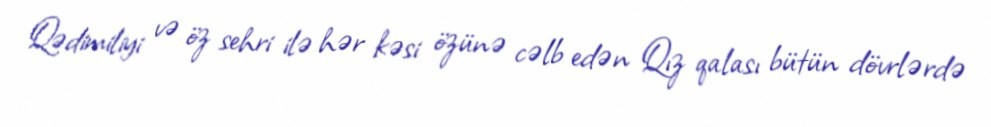
Qədimiliyi və öz sehri ilə hər kəsi özünə cəlb edən Qız qalası bütün dövrlərdə